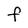
Character: F